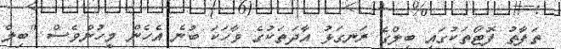
ތަފާތު ފޮޓޯތަކުގައި ބިލްގެ ރަނގަޅު އާދަތަކުގެ ވާހަކަ ބުނެ އެހެން މީހުންވެސް "ބިލް